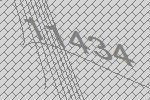
11434